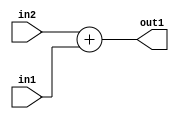
`timescale 1ps / 1ps
/*****************************************************************************
    Verilog RTL Description
    
    
    Created by: Stratus DpOpt 2019.1.01 
*******************************************************************************/

module DC_Filter_Add_8Ux2U_9U_4 (
	in2,
	in1,
	out1
	); /* architecture "behavioural" */ 
input [7:0] in2;
input [1:0] in1;
output [8:0] out1;
wire [8:0] asc001;

assign asc001 = 
	+(in2)
	+(in1);

assign out1 = asc001;
endmodule

/* CADENCE  urnyTQw= : u9/ySgnWtBlWxVPRXgAZ4Og= ** DO NOT EDIT THIS LINE ******/